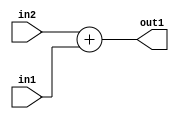
`timescale 1ps / 1ps
/*****************************************************************************
    Verilog RTL Description
    
    
    Created by: Stratus DpOpt 2019.1.01 
*******************************************************************************/

module DC_Filter_Add_8Ux2U_9U_4 (
	in2,
	in1,
	out1
	); /* architecture "behavioural" */ 
input [7:0] in2;
input [1:0] in1;
output [8:0] out1;
wire [8:0] asc001;

assign asc001 = 
	+(in2)
	+(in1);

assign out1 = asc001;
endmodule

/* CADENCE  urnyTQw= : u9/ySgnWtBlWxVPRXgAZ4Og= ** DO NOT EDIT THIS LINE ******/